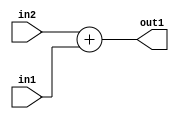
`timescale 1ps / 1ps
/*****************************************************************************
    Verilog RTL Description
    
    
    Created by: Stratus DpOpt 2019.1.01 
*******************************************************************************/

module DC_Filter_Add_8Ux2U_9U_4 (
	in2,
	in1,
	out1
	); /* architecture "behavioural" */ 
input [7:0] in2;
input [1:0] in1;
output [8:0] out1;
wire [8:0] asc001;

assign asc001 = 
	+(in2)
	+(in1);

assign out1 = asc001;
endmodule

/* CADENCE  urnyTQw= : u9/ySgnWtBlWxVPRXgAZ4Og= ** DO NOT EDIT THIS LINE ******/